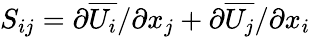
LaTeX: S_{ij}={\partial\overline{{U_{i}}}/\partial x_{j}}+{\partial\overline{{U_{j}}}/\partial x_{i}}